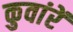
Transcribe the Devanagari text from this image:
कुवांरें